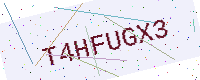
Text: T4HFUGX3